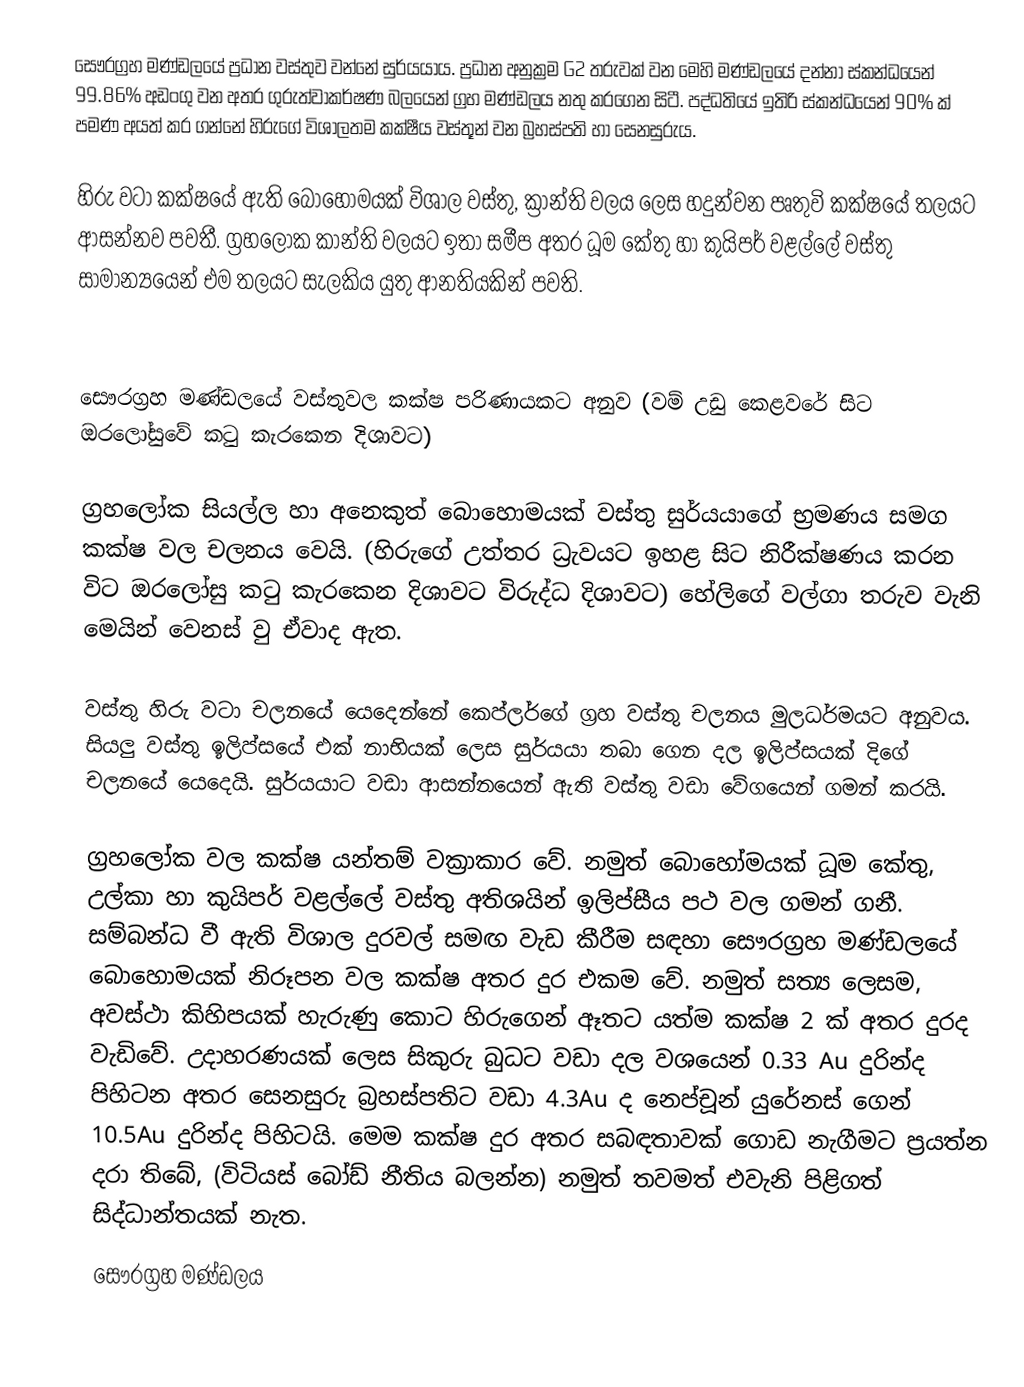
සෞරග්‍රහ මණ්ඩලයේ ප්‍රධාන වස්තුව වන්නේ සුර්යයාය.  ප්‍රධාන අනුක්‍රම G2 තරුවක් වන මෙහි මණ්ඩලයේ දන්නා ස්කන්ධයෙන් 99.86% අඩංගු වන අතර ගුරුත්වාකර්ෂණ බලයෙන් ග්‍රහ මණ්ඩලය නතු කරගෙන සිටී. පද්ධතියේ ඉතිරි ස්කන්ධයෙන් 90% ක් පමණ අයත් කර ගන්නේ හිරු‍ගේ විශාලතම කක්ෂීය වස්තූන් වන බ්‍රහස්පති හා සෙනසුරුය.

හිරු වටා කක්ෂයේ ඇති බොහෝමයක් විශාල වස්තු, ක්‍රාන්ති වලය ලෙස හදුන්වන පෘතුවි කක්ෂයේ තලයට ආසන්නව පවතී. ග්‍රහලෝක කාන්ති වලයට ඉතා සමීප අතර ධූම කේතු හා කුයිපර් වළල්ලේ වස්තු සාමාන්‍යයෙන් එම තලයට සැලකිය යුතු ආනතියකින් පවති.

සෞරග්‍රහ මණ්ඩලයේ වස්තුවල කක්ෂ පරිණායකට අනුව (වම් උඩු කෙළවරේ සිට ඔරලෝසුවේ කටු කැරකෙන දිශාවට)

ග්‍රහලෝක සියල්ල හා අනෙකුත් බොහොමයක් වස්තු සුර්යයාගේ භ්‍රමණය සමග කක්ෂ වල චලනය වෙයි. (හිරුගේ උත්තර ධ්‍රැවයට ඉහළ සිට නිරීක්ෂණය කරන විට ඔරලෝසු කටු කැරකෙන දිශාවට විරුද්ධ දිශාවට) හේලිගේ වල්ගා තරුව වැනි මෙයින් වෙනස් වු ඒවාද ඇත.

වස්තු හිරු වටා චලනයේ යෙදෙන්නේ කෙප්ලර්ගේ ග්‍රහ වස්තු චලනය මුලධර්මයට අනුවය. සියලු වස්තු ඉලිප්සයේ එක් නාභියක් ලෙස සුර්යයා තබා ගෙන දල ඉලිප්සයක් දිගේ චලනයේ යෙදෙයි. සුර්යයාට වඩා ආසන්නයෙන් ඇති වස්තු වඩා වේගයෙන් ගමන් කරයි.

ග්‍රහලෝක වල කක්ෂ යන්තම් වක්‍රාකාර වේ. නමුත් බොහෝමයක් ධූම කේතු, උල්කා හා කුයිපර් වළල්ලේ වස්තු අතිශයින් ඉලිප්සීය පථ වල ගමන් ගනී. සම්බන්ධ වී ඇති විශාල දුරවල් සමඟ වැඩ කීරීම සඳහා සෞරග්‍රහ මණ්ඩලයේ බොහොමයක් නිරූපන වල  කක්ෂ අතර දුර එකම වේ. නමුත් සත්‍ය ලෙසම, අවස්ථා කිහිපයක් හැරුණු කොට හිරුගෙන් ඈතට යත්ම කක්ෂ 2 ක් අතර දුරද වැඩිවේ. උදාහරණයක් ලෙස සිකුරු බුධට වඩා දල වශයෙන් 0.33 Au දුරින්ද පිහිටන අතර  සෙනසුරු බ්‍රහස්පතිට වඩා 4.3Au ද නෙප්චූන් යුරේනස් ගෙන් 10.5Au දුරින්ද පිහිටයි. මෙම කක්ෂ දුර අතර සබඳතාවක් ගොඩ නැගීමට ප්‍රයත්න දරා තිබේ, (විටියස් බෝඩ් නීතිය බලන්න) නමුත් තවමත් එවැනි පිළිගත් සිද්ධාන්තයක් නැත.
සෞරග්‍රහ මණ්ඩලය